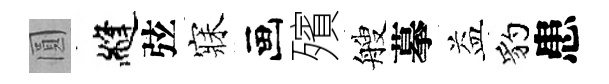
圓縫弦寐画殯艘摹益豹患